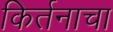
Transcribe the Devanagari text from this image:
किर्तनाचा